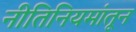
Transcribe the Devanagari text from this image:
नीतिनियमांतून